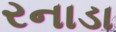
રનાડા